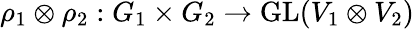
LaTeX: \rho_{1}\otimes\rho_{2}:G_{1}\times G_{2}\to{\mathrm{GL}}(V_{1}\otimes V_{2})